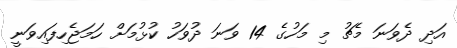
އަދި ދެވަނަ މެޗު މި މަހުގެ 14 ވަނަ ދުވަހު ކުޅުމަށް ހަމަޖެހިފައިވަނީ